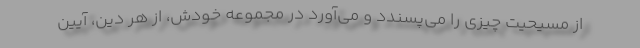
از مسیحیت چیزی را می‌پسندد و می‌آورد در مجموعه خودش، از هر دین، آیین